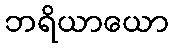
ဘရိယာယော